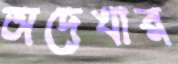
অদেখার